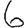
Digit: 6